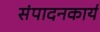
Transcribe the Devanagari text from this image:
संपादनकार्य